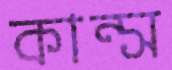
কান্স